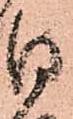
日